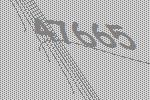
47665